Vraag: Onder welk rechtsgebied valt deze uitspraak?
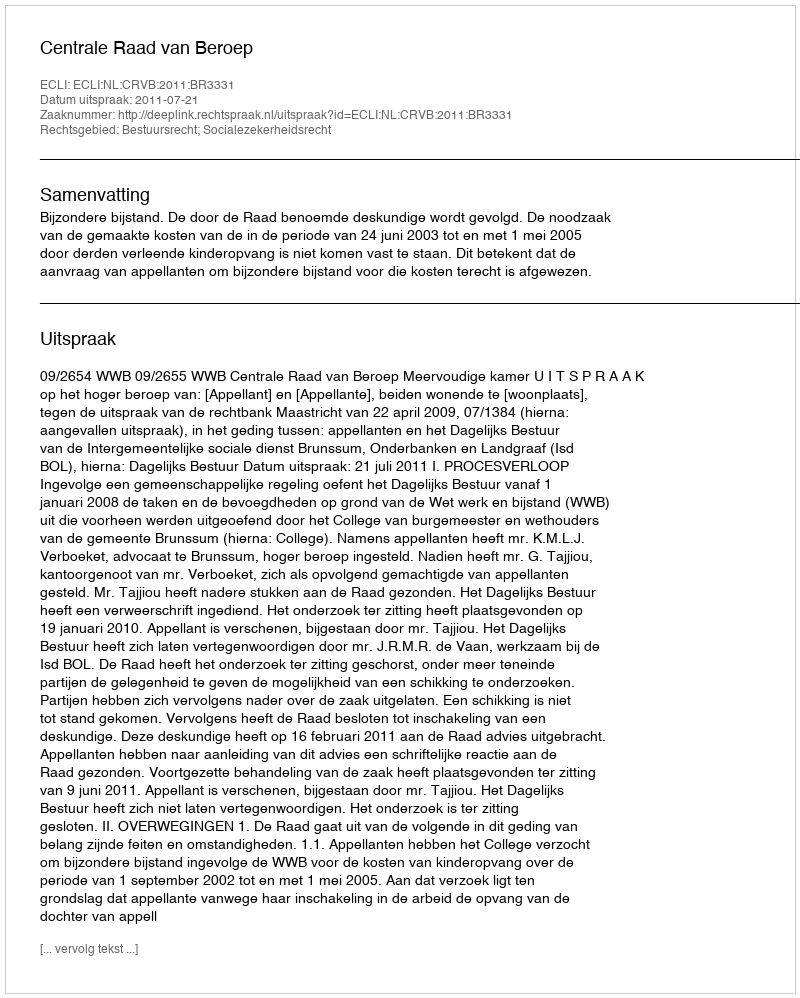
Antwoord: Bestuursrecht; Socialezekerheidsrecht